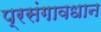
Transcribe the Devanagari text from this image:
प्रसंगावधान